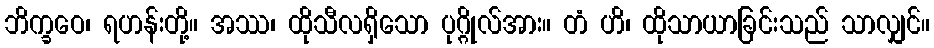
ဘိက္ခဝေ၊ ရဟန်းတို့။ အဿ၊ ထိုသီလရှိသော ပုဂ္ဂိုလ်အား။ တံ ဟိ၊ ထိုသာယာခြင်းသည် သာလျှင်။